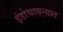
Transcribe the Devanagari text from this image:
इंडोचायन्यात